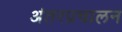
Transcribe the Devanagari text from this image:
अंतरप्रचालन